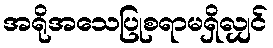
အရိုအသေပြုစရာမရှိလျှင်